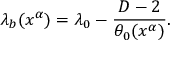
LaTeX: \lambda _ { b } ( x ^ { \alpha } ) = \lambda _ { 0 } - \frac { D - 2 } { \theta _ { 0 } ( x ^ { \alpha } ) } .